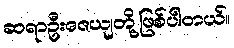
ဆရာဦးဇေယျတို့ဖြစ်ပါတယ်။